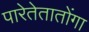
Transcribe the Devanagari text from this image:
पारेतेतातोंगा